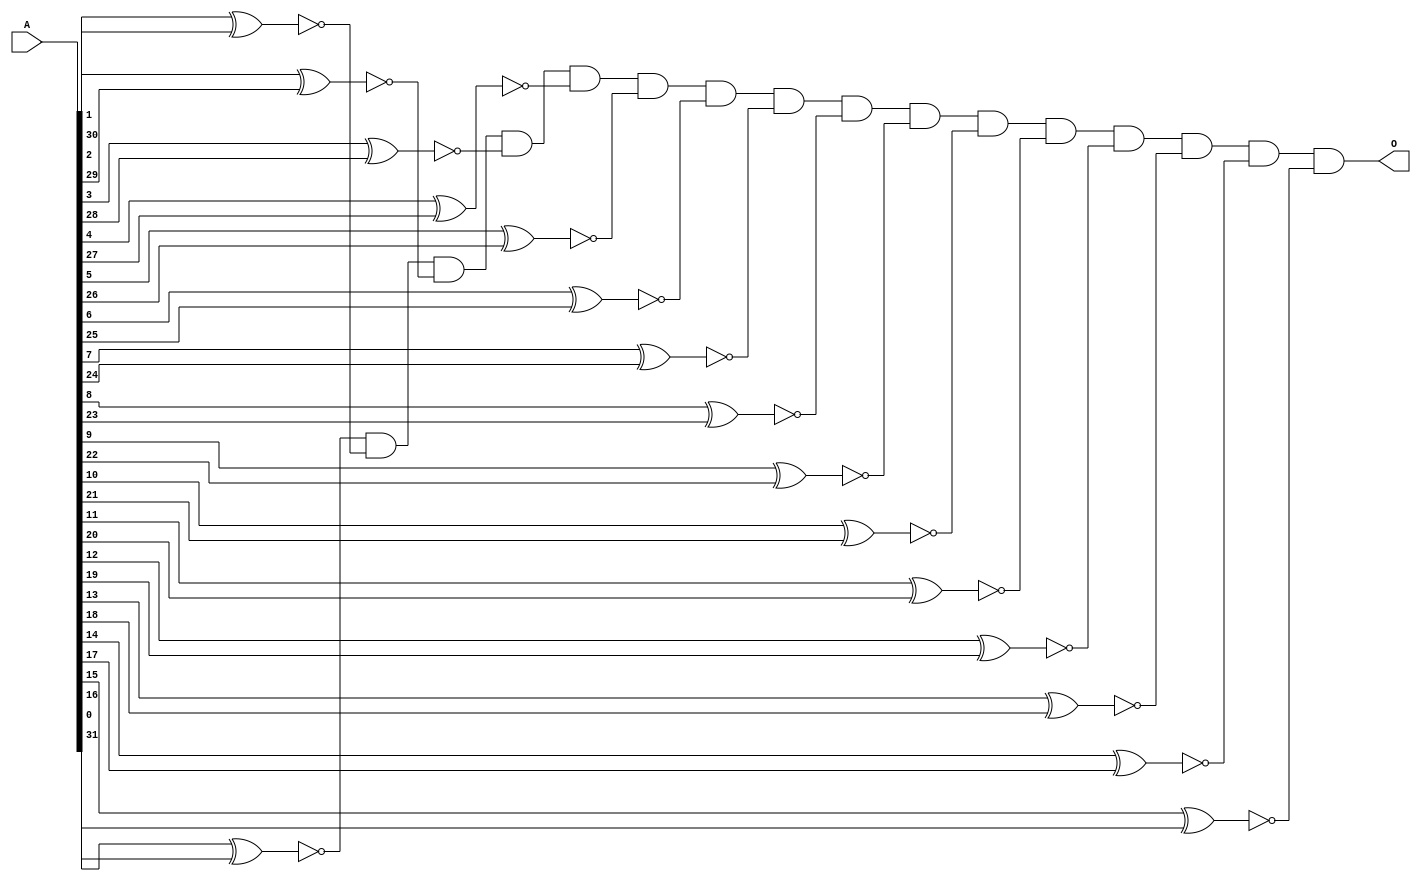
module is_palindrome(
	input [31:0] A,
	output O
);

wire [15:0] R;


xnor xn1 (R[0], A[0], A[31]);
xnor xn2 (R[1], A[1], A[30]);
xnor xn3 (R[2], A[2], A[29]);
xnor xn4 (R[3], A[3], A[28]);
xnor xn5 (R[4], A[4], A[27]);
xnor xn6 (R[5], A[5], A[26]);
xnor xn7 (R[6], A[6], A[25]);
xnor xn8 (R[7], A[7], A[24]);
xnor xn9 (R[8], A[8], A[23]);
xnor xn10(R[9], A[9], A[22]);
xnor xn11(R[10], A[10], A[21]);
xnor xn12(R[11], A[11], A[20]);
xnor xn13(R[12], A[12], A[19]);
xnor xn14(R[13], A[13], A[18]);
xnor xn15(R[14], A[14], A[17]);
xnor xn16(R[15], A[15], A[16]);

and a1(O, R[0], R[1], R[2], R[3], R[4], R[5], R[6], R[7], R[8], R[9], R[10], R[11], R[12], R[13], R[14], R[15] );




endmodule